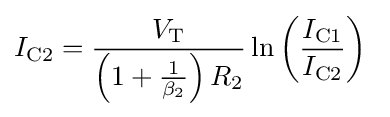
I_{\text{C2}}={\frac {V_{\text{T}}}{\left(1+{\frac {1}{\beta _{2}}}\right)R_{2}}}\ln \left({\frac {I_{\text{C1}}}{I_{\text{C2}}}}\right)\